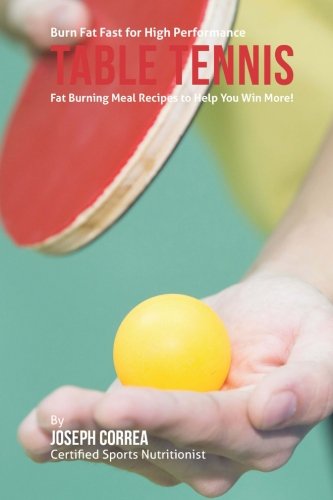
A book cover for Burn Fat Fast for High Performance Table Tennis: Fat Burning Meal Recipes to Help You Win More!; Joseph Correa (Certified Sports Nutritionist); Sports & Outdoors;